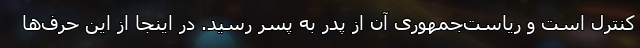
کنترل است و ریاست‌جمهوری آن از پدر به پسر رسید. در اینجا از این حرف‌ها